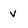
Character: V